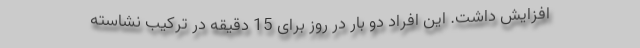
افزایش داشت. این افراد دو بار در روز برای 15 دقیقه در ترکیب نشاسته